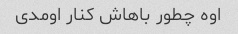
اوه چطور باهاش ​​کنار اومدی